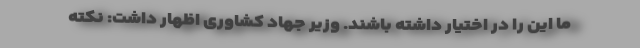
ما این را در اختیار داشته باشند. وزیر جهاد کشاوری اظهار داشت: نکته